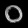
Digit: ၀